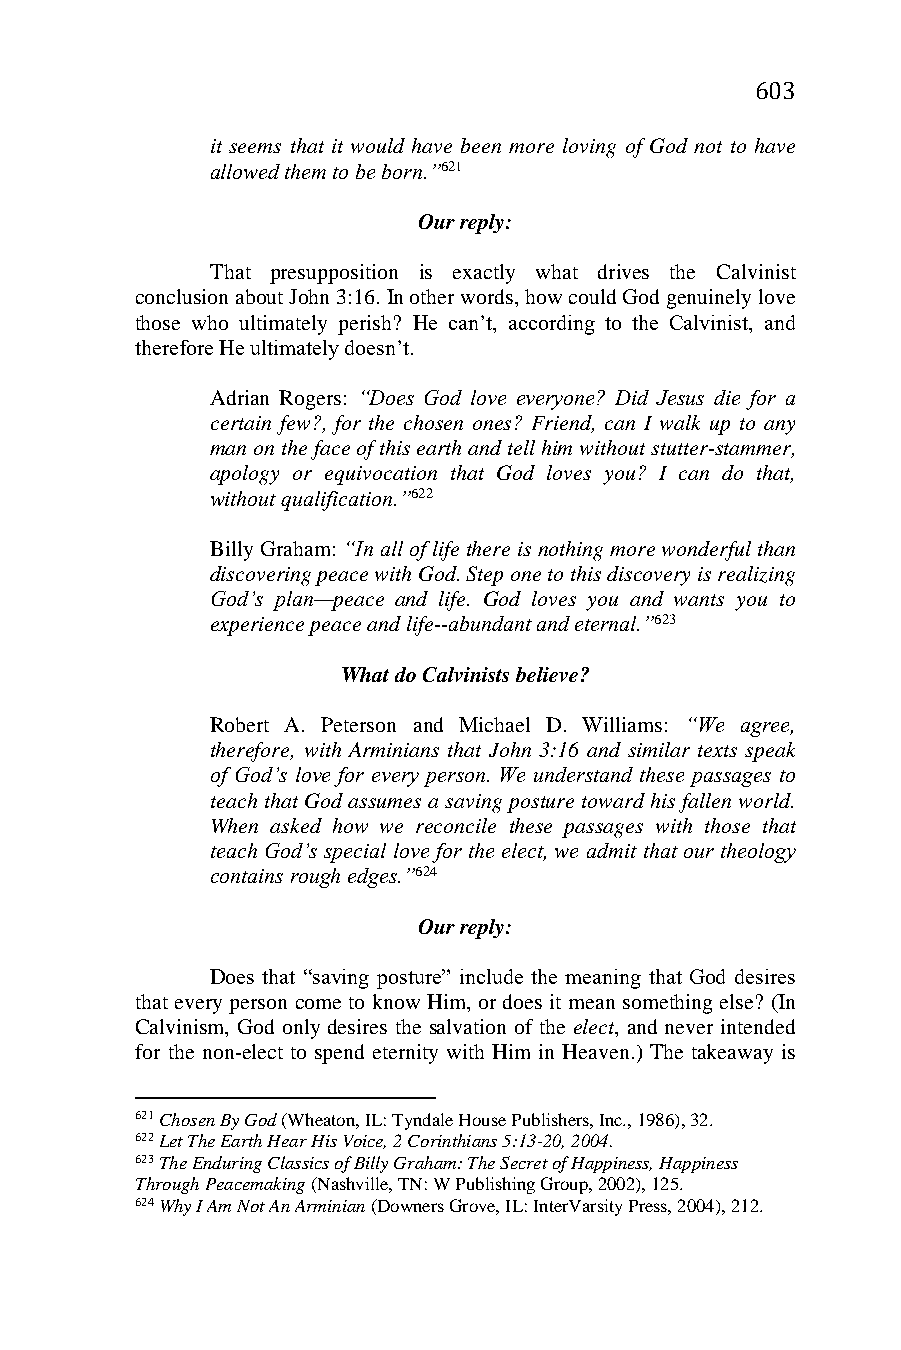
603
 it seems that it would have been more loving of God not to have
 allowed them to be born.”621
 Our reply:
 That presupposition is exactly what drives the Calvinist
 conclusion about John 3:16. In other words, how could God genuinely love
 those who ultimately perish? He can’t, according to the Calvinist, and
 therefore He ultimately doesn’t.
 Adrian Rogers: “Does God love everyone? Did Jesus die for a
 certain few?, for the chosen ones? Friend, can I walk up to any
 man on the face of this earth and tell him without stutter-stammer,
 apology or equivocation that God loves you? I can do that,
 without qualification.”622
 Billy Graham: “In all of life there is nothing more wonderful than
 discovering peace with God. Step one to this discovery is realizing
 God’s plan—peace and life. God loves you and wants you to
 experience peace and life--abundant and eternal.”623
 What do Calvinists believe?
 Robert A. Peterson and Michael D. Williams: “We agree,
 therefore, with Arminians that John 3:16 and similar texts speak
 of God’s love for every person. We understand these passages to
 teach that God assumes a saving posture toward his fallen world.
 When asked how we reconcile these passages with those that
 teach God’s special love for the elect, we admit that our theology
 contains rough edges.”624
 Our reply:
 Does that “saving posture” include the meaning that God desires
 that every person come to know Him, or does it mean something else? (In
 Calvinism, God only desires the salvation of the elect, and never intended
 for the non-elect to spend eternity with Him in Heaven.) The takeaway is
 621 Chosen By God (Wheaton, IL: Tyndale House Publishers, Inc., 1986), 32.
 622 Let The Earth Hear His Voice, 2 Corinthians 5:13-20, 2004.
 623 The Enduring Classics of Billy Graham: The Secret of Happiness, Happiness
 Through Peacemaking (Nashville, TN: W Publishing Group, 2002), 125.
 624 Why I Am Not An Arminian (Downers Grove, IL: InterVarsity Press, 2004), 212.